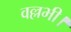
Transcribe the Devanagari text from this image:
वल्लभी।